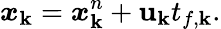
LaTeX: \boldsymbol{x}_{\mathbf{k}}=\boldsymbol{x}_{\mathbf{k}}^{n}+\boldsymbol{\mathbf{u}}_{\mathbf{k}}t_{f,\mathbf{k}}.